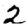
Digit: 2